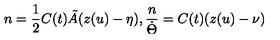
n = \frac { 1 } { 2 } C ( t ) \tilde { A } ( z ( u ) - \eta ) , \frac { n } { \dot { \Theta } } = C ( t ) ( z ( u ) - \nu )